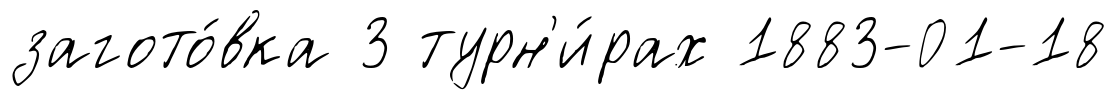
загото́вка 3 турн'и́рах 1883-01-18